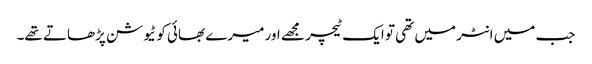
جب میں انٹر میں تھی تو ایک ٹیچر مجھے اور میرے بھائی کو ٹیوشن پڑھاتے تھے۔